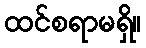
ထင်စရာမရှိ။